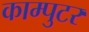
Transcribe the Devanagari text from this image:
काम्पुटर